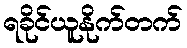
ရခိုင်ယူနိုက်တက်